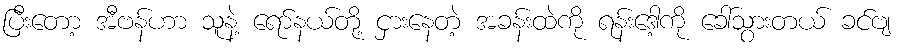
ပြီးတော့ အီဗန်ဟာ သူနဲ့ ရော်နယ်တို့ ငှားနေတဲ့ အခန်းထဲကို ရန်းဒေါ့ကို ခေါ်သွားတယ် ခင်ဗျ